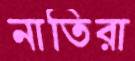
নাতিরা